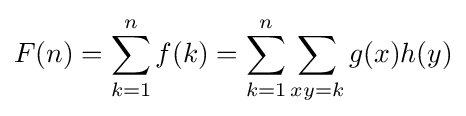
F(n)=\sum _{k=1}^{n}f(k)=\sum _{k=1}^{n}\sum _{xy=k}^{}g(x)h(y)